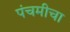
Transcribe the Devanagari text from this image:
पंचमीचा